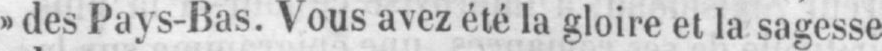
»des Pays-Bas. Vous avez été la gloire et la sagesse